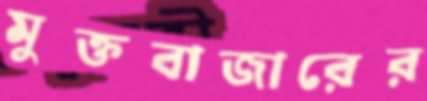
মুক্তবাজারের